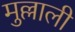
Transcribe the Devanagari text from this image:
मुल्लाली